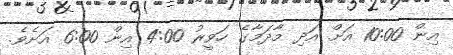
އިން 10:00 އަށް އަދި މާދަމާގެ ހަވީރު 4:00 އިން 6:00 އަށެވެ.